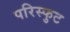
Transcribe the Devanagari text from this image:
परिस्फुट